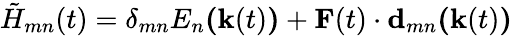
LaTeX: \tilde{H}_{mn}(t)=\delta_{mn}E_{n}\textbf{(}\textbf{k}(t)\textbf{)}+\textbf{F}(t)\cdot\textbf{d}_{mn}\textbf{(}\textbf{k}(t)\textbf{)}